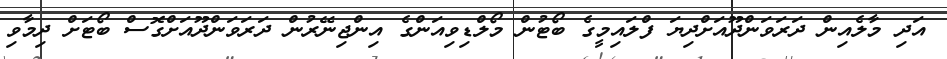
އަދި މާލެއިން ދަރަވަންދޫއަށްދިޔަ ފްލައިމީގެ ބޯޓުން މޯލްޑިވިއަންގެ އިންޖިނޭރުން ދަރަވަންދޫއަށްގޮސް ބޯޓަށް ދިމާވި